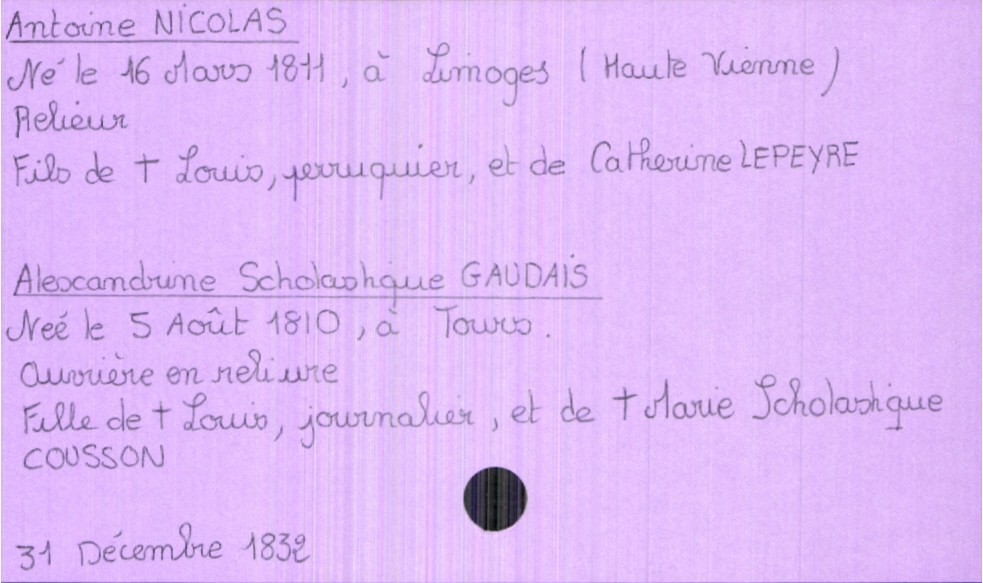
type_acte: Mariage
année: 1832
mois: décembre
jour: 31
marié_nom: Nicolas
marié_prénom: Antoine
marié_profession: relieur
marié_date_de_naissance: 16 mars 1811
marié_lieu_de_naissance: Limoges (Haute Vienne)
père_marié_nom: Nicolas
père_marié_prénom: Louis
père_marié_profession: perruquier
père_marié_statut: décédé
mère_marié_nom: Lepeyre
mère_marié_prénom: Catherine
mariée_nom: Gaudais
mariée_prénom: Alexandrine Scholastique
mariée_profession: ouvrière en reliure
mariée_date_de_naissance: 5 août 1810
mariée_lieu_de_naissance: Tours
père_mariée_nom: Gaudais
père_mariée_prénom: Louis
père_mariée_profession: journalier
père_mariée_statut: décédé
mère_mariée_nom: Cousson
mère_mariée_prénom: Marie Scholastique
mère_mariée_statut: décédée